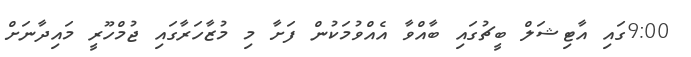
9:00ގައި އާޓިޝަލް ބީޗުގައި ބާއްވާ އެއްވުމަކުން ފަށާ މި މުޒާހަރާގައި ޖުމްހޫރީ މައިދާނަށް